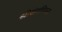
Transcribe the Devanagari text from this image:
श्रीसंतविजय